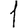
Digit: 1